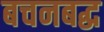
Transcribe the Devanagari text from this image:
बचनबद्ध